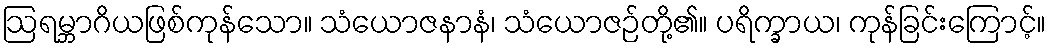
ဩရမ္ဘာဂိယဖြစ်ကုန်သော။ သံယောဇနာနံ၊ သံယောဇဉ်တို့၏။ ပရိက္ခာယ၊ ကုန်ခြင်းကြောင့်။